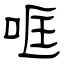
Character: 哐